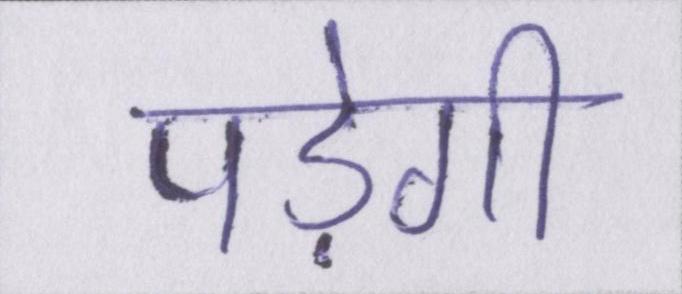
पड़ेगी